Report on vaccination in Madras 1895-1903 - 1895-1903
Year: 1895
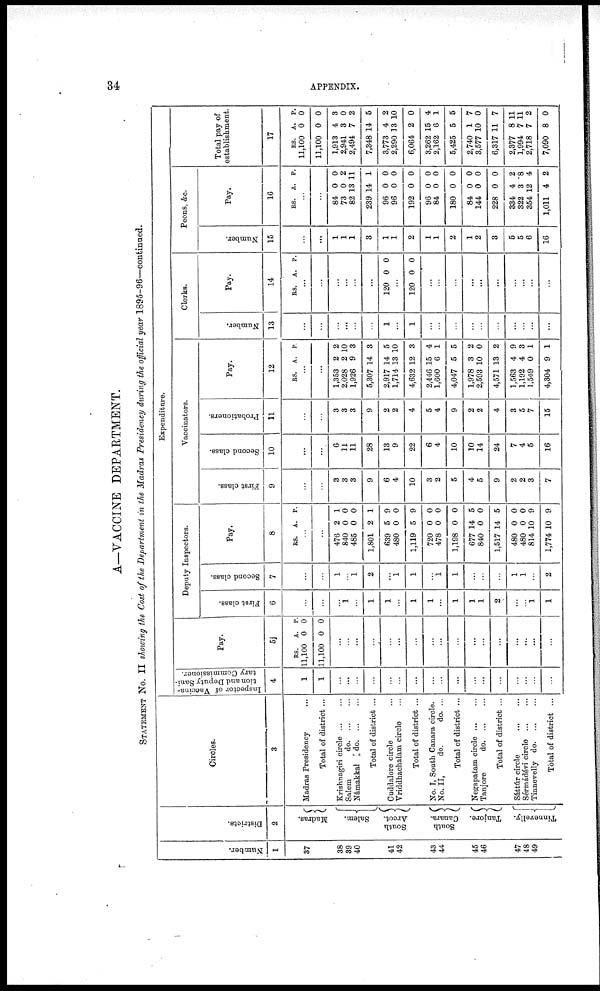
34
APPENDIX.
A—VACCINE DEPARTMENT.
STATEMENT No. II showing the Cost of the Department in the Madras Presidency during the official year 1895-96—continued.
Number.
1
37
38
39
40
41
42
43
44
45
46
47
48
49
Districts.
2
Madras.
Salem.
South
Arcot.
South
Canara.
Tanjore.
Tinnevelly.
Circles.
3
Madras Presidency ...
Total of district ...
Krishnagiri circle ... ...
Salem
do. ... ...
Námakkal
do. ... ...
Total of district ...
Ouddalore circle ...
Vriddhachalam circle ...
Total of district ...
No. I, South Canara circle.
No. II,
do.
do. ...
Total of district ...
Negapatam circle ... ...
Tanjore
do. ... ...
Total of district ...
Sáttúr circle
...
...
Sérmádévi circle
...
...
Tinnevelly
do. ... ...
Total of district ...
Expenditure.
Inspector of Vaccina-
tion and Deputy Sani-
tary Commissioner.
4
1
1
...
...
...
...
...
...
...
...
...
...
...
...
...
...
...
...
...
Pay.
5
RS.
11,100
11,100
A.
0
0
P.
0
0
...
...
...
...
...
...
...
...
...
...
...
...
...
...
...
...
...
Deputy Inspectors.
First class.
6
...
...
...
1
...
1
1
...
1
1
...
1
1
1
2
...
...
1
1
Second class.
7
...
...
1
...
1
2
...
1
1
...
1
1
...
...
...
1
1
...
2
Pay.
8
RS. A. P.
...
...
476
840
485
1,801
639
480
1,119
720
478
1,198
677
840
1,517
480
480
814
1,774
2
0
0
2
5
0
5
0
0
0
14
0
14
0
0
10
10
1
0
0
1
9
0
9
0
0
0
5
0
5
0
0
9
9
Vaccinators.
First class.
9
...
...
3
3
3
9
6
4
10
3
2
5
4
5
9
2
2
3
7
Second class.
10
...
...
6
11
11
28
13
9
22
6
4
10
10
14
24
7
4
5
16
Probationers.
11
...
...
3
3
3
9
2
2
4
5
4
9
2
2
4
3
5
7
15
Pay.
12
RS. A. P.
...
...
1,353
2,028
1,926
5,307
2,917
1,714
4,632
2,446
1,600
4,047
1,978
2,593
4,571
1,563
1,192
1,549
4,304
2
2
9
14
14
13
12
15
6
5
3
10
13
4
4
0
9
2
10
3
3
5
10
3
4
1
5
2
0
2
9
3
1
1
Clerks.
Number.
13
...
...
...
...
...
...
1
...
1
...
...
...
...
...
...
...
...
...
...
Pay.
14
RS. A. P.
...
...
...
...
...
...
120 0 0
...
120 0 0
...
...
...
...
...
...
...
...
...
...
Peons, &c.
Number.
15
...
...
1
1
1
3
1
1
2
1
1
2
1
2
3
5
5
6
16
Pay.
16
RS. A. P.
...
...
84
73
82
239
96
96
192
96
84
180
84
144
228
334
322
354
1,011
0
0
13
14
0
0
0
0
0
0
0
0
0
4
3
12
4
0
2
11
1
0
0
0
0
0
0
0
0
0
2
8
4
2
Total pay of
establishment.
17
RS.
11,100
11,100
1,913
2,941
2,494
7,348
3,773
2,290
6,064
3,262
2,162
5,425
2,740
3,577
6,317
2,377
1,994
2,718
7,090
A.
0
0
4
3
7
14
4
13
2
15
6
5
1
10
11
8
7
7
8
P.
0
0
3
0
2
5
2
10
0
4
1
5
7
0
7
11
11
2
0